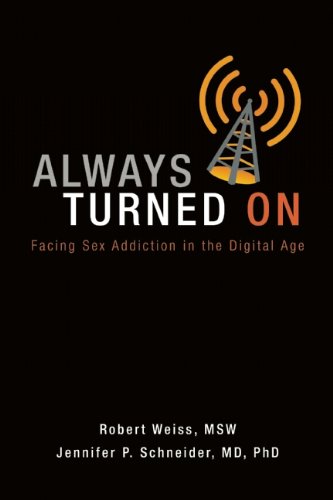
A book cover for Always Turned On: Sex Addiction in the Digital Age; Robert Weiss; Health, Fitness & Dieting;